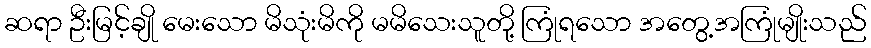
ဆရာ ဦးမြင့်ချို မေးသော မိသုံးမိကို မမိသေးသူတို့ ကြုံရသော အတွေ့အကြုံမျိုးသည်